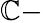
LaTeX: \mathbb{C}-